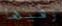
وفيها